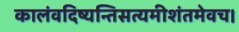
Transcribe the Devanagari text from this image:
कालंवदिष्यन्तिसत्यमीशंतमेवच।